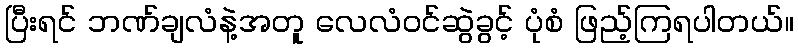
ပြီးရင် ဘဏ်ချလံနဲ့အတူ လေလံဝင်ဆွဲခွင့် ပုံစံ ဖြည့်ကြရပါတယ်။